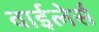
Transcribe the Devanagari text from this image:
वाईलेर्स